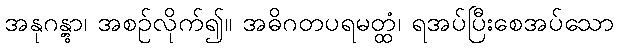
အနုဂန္တွာ၊ အစဉ်လိုက်၍။ အဓိဂတပရမတ္ထံ၊ ရအပ်ပြီးစေအပ်သော